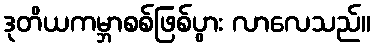
ဒုတိယကမ္ဘာစစ်ဖြစ်ပွား လာလေသည်။